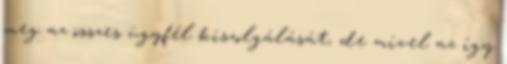
meg az összes ügyfél kiszolgálását, de mivel az így